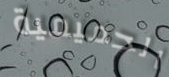
الحميمية